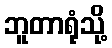
ဘူတာရုံသို့